Annual report on the Civil Veterinary Department, Burma (including the Insein Veterinary School) - 1910-1922
Year: 1910
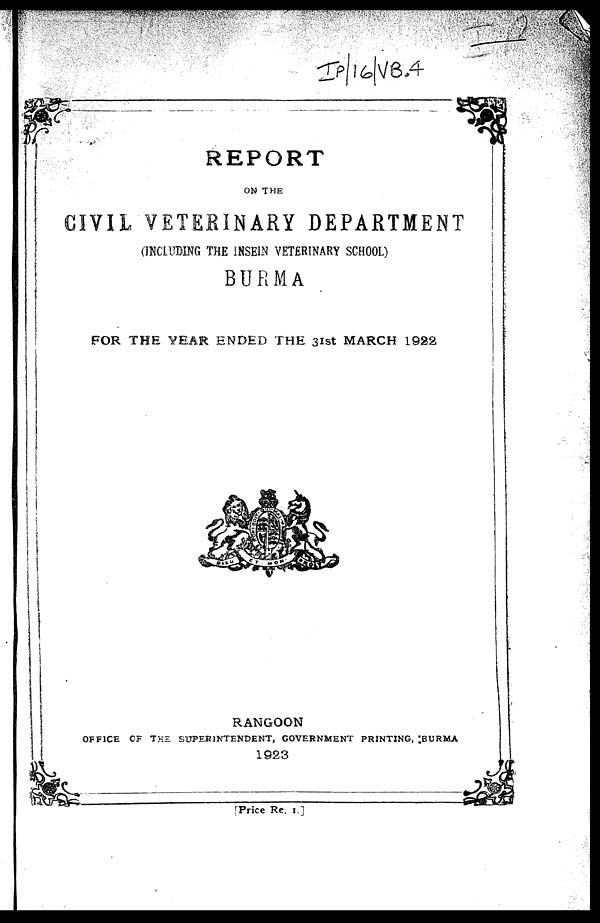
REPORT
ON THE
CIVIL VETERINARY DEPARTMENT
(INCLUDING THE INSEIS VETERINARY SCHOOL)
BURMA
FOR THE YEAR ENDED THE 31st MARCH 1922
RANGOON
OFFICE OF THE SUPERINTENDENT, GOVERNMENT PRINTING, BURMA
1923
[Price Re. 1.]